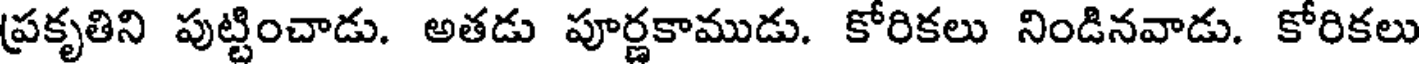
ప్రకృతిని పుట్టించాడు. అతడు పూర్ణకాముడు. కోరికలు నిండినవాడు. కోరికలు